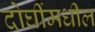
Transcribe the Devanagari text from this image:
दोघींमधील